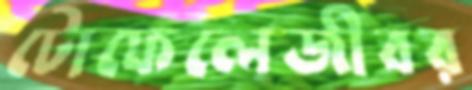
টোফেলেজীবর